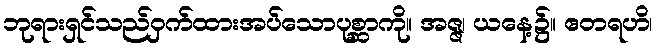
ဘုရားရှင်သည်ဝှက်ထားအပ်သောပုစ္ဆာကို။ အဇ္ဇ၊ ယနေ့၌။ ဧတရဟိ၊